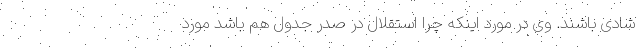
شادی باشند. وی در مورد اینکه چرا استقلال در صدر جدول هم باشد مورد